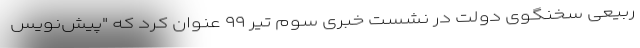
ربیعی سخنگوی دولت در نشست خبری سوم تیر ۹۹ عنوان کرد که "پیش‌نویس